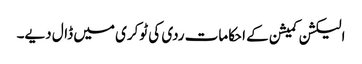
الیکشن کمیشن کے احکامات ردی کی ٹوکری میں ڈال دیے۔